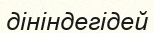
дініндегідей